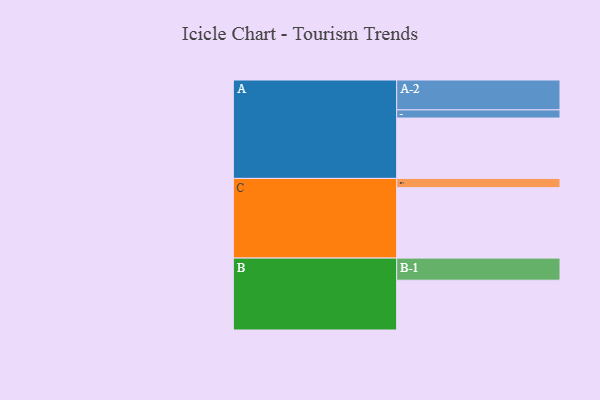
{"axis": {"x": "Segment", "y": "Value"}, "legend": ["", "A", "B", "C"], "data": [{"x": "A", "y": 503, "type": ""}, {"x": "B", "y": 415, "type": ""}, {"x": "C", "y": 587, "type": ""}, {"x": "A-1", "y": 68, "type": "A"}, {"x": "A-2", "y": 249, "type": "A"}, {"x": "B-1", "y": 184, "type": "B"}, {"x": "C-1", "y": 77, "type": "C"}]}